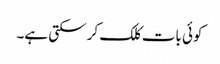
کوئی بات کلک کر سکتی ہے۔